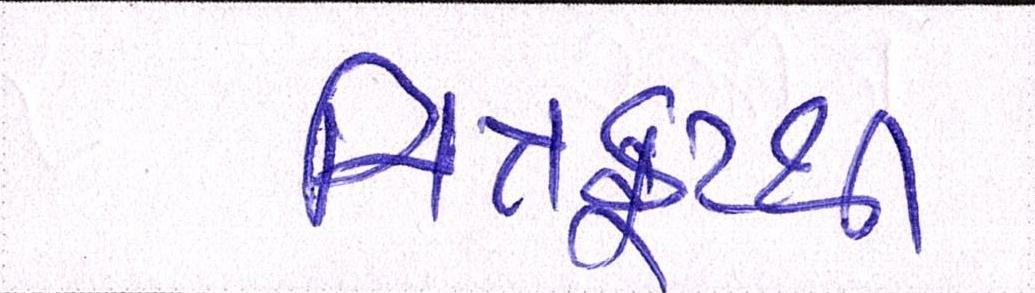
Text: ચિત્રકૂટથી